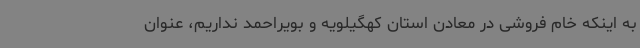
به اینکه خام فروشی در معادن استان کهگیلویه و بویراحمد نداریم، عنوان